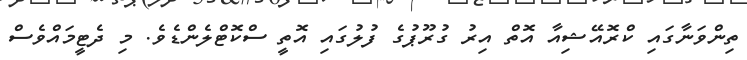
ތިންވަނާގައި ކްރޮއޭޝިއާ އޮތް އިރު ގުރޫޕުގެ ފުލުގައި އޮތީ ސްކޮޓްލެންޑެވެ. މި ދެޓީމައްވެސް